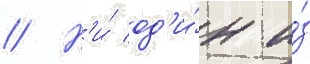
// Н'и́ од'и́н и́з